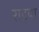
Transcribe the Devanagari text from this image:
राइया